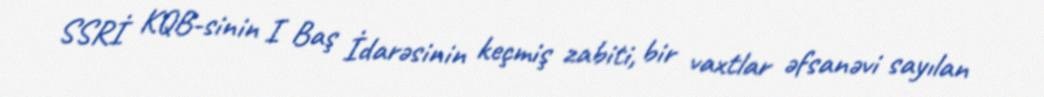
SSRİ KQB-sinin I Baş İdarəsinin keçmiş zabiti, bir vaxtlar əfsanəvi sayılan